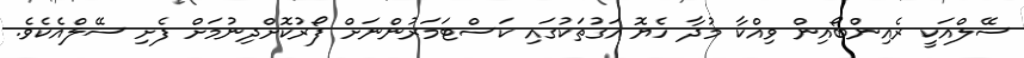
ސޭލްއަކީ ރެއިންބޯއިން ވިއްކާ މުދާ ހެޔޮ އަގުތަކުގައި ކަސްޓަމަރުންނަށް ފޯރުކޮށްދިނުމަށް ފެށި ސޭލްއެކެވެ.